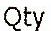
QTY